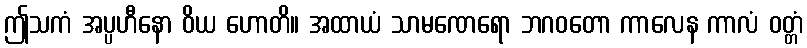
ဤသကံ အပ္ပဟီနော ဝိယ ဟောတိ။ အထာယံ သာမဏေရော ဘဂဝတော ကာလေန ကာလံ ဝတ္တံ